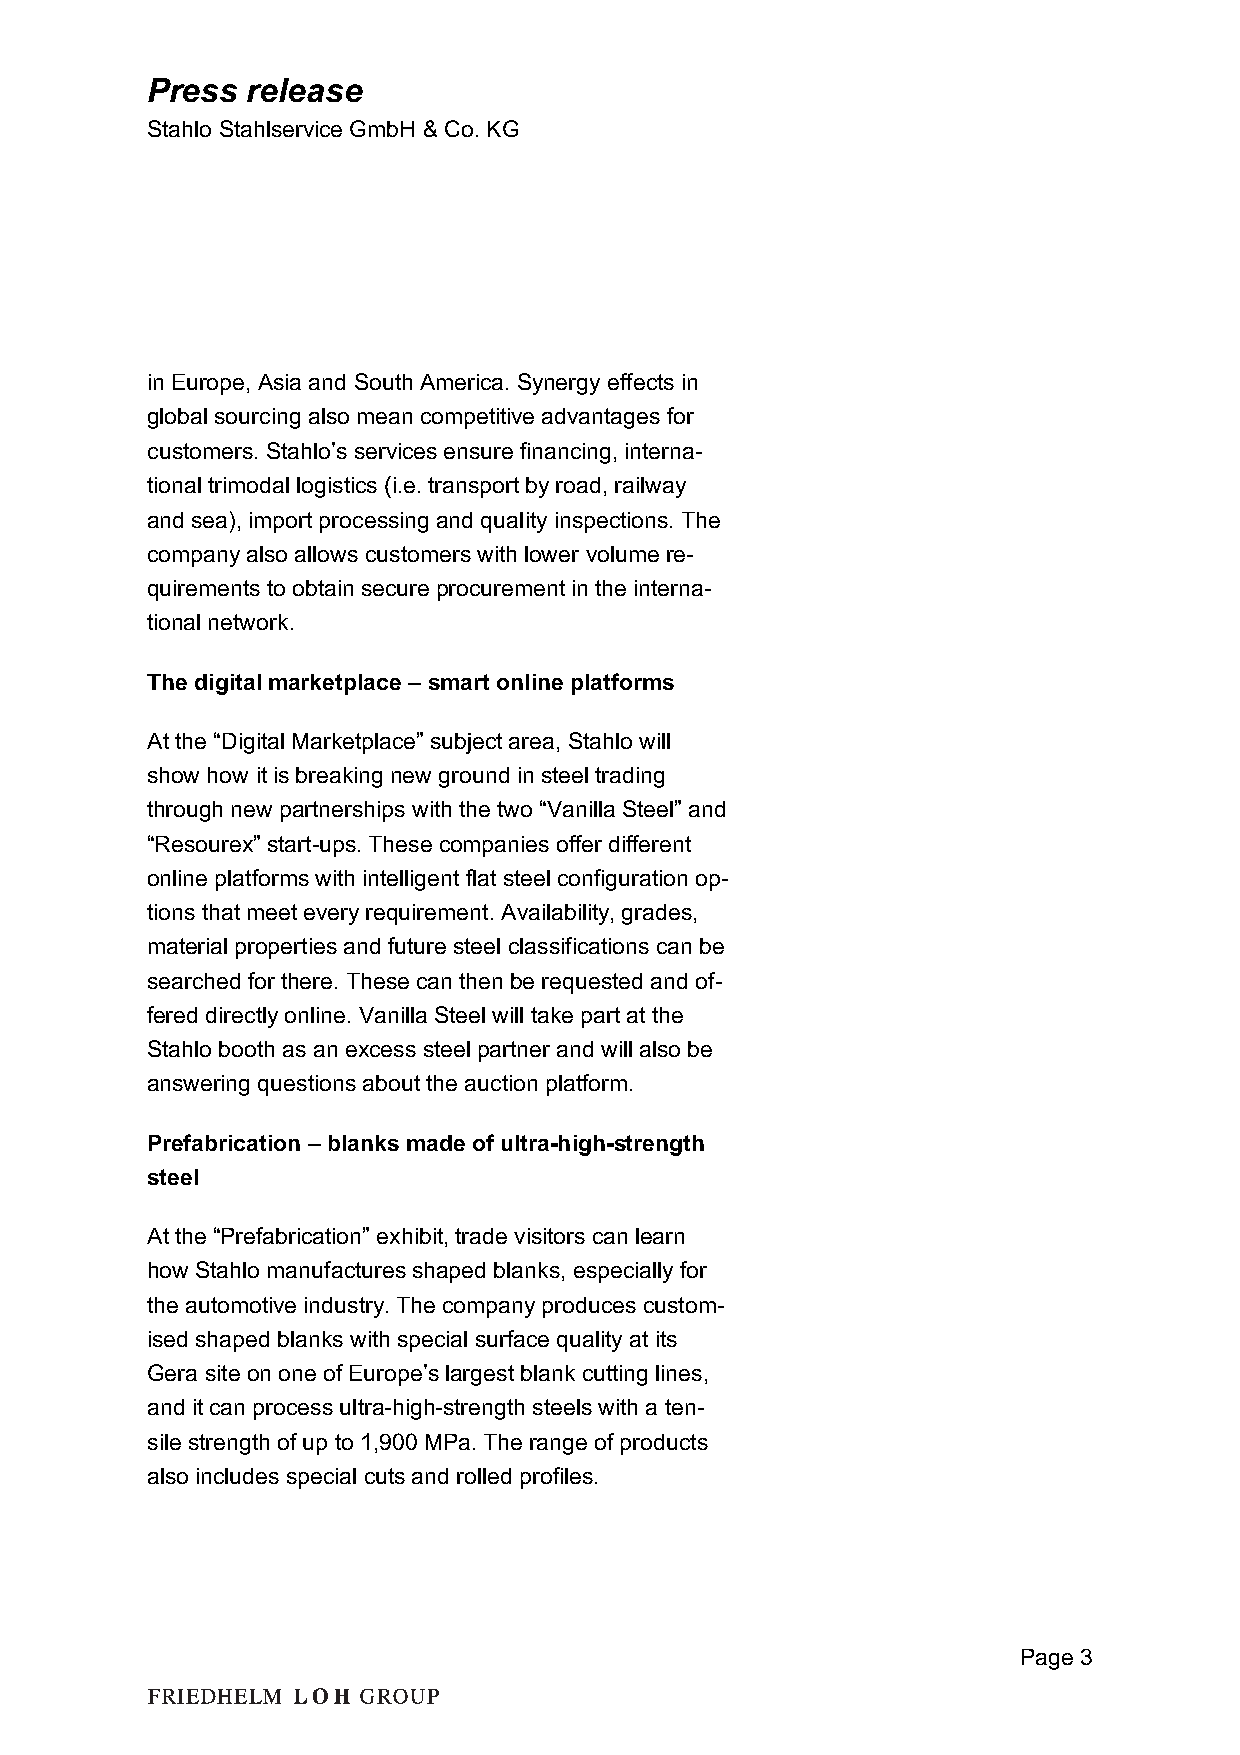
Press release
 Stahlo Stahlservice GmbH & Co. KG
 in Europe, Asia and South America. Synergy effects in
 global sourcing also mean competitive advantages for
 customers. Stahlo’s services ensure financing, interna-
 tional trimodal logistics (i.e. transport by road, railway
 and sea), import processing and quality inspections. The
 company also allows customers with lower volume re-
 quirements to obtain secure procurement in the interna-
 tional network.
 The digital marketplace – smart online platforms
 At the “Digital Marketplace” subject area, Stahlo will
 show how it is breaking new ground in steel trading
 through new partnerships with the two “Vanilla Steel” and
 “Resourex” start-ups. These companies offer different
 online platforms with intelligent flat steel configuration op-
 tions that meet every requirement. Availability, grades,
 material properties and future steel classifications can be
 searched for there. These can then be requested and of-
 fered directly online. Vanilla Steel will take part at the
 Stahlo booth as an excess steel partner and will also be
 answering questions about the auction platform.
 Prefabrication – blanks made of ultra-high-strength
 steel
 At the “Prefabrication” exhibit, trade visitors can learn
 how Stahlo manufactures shaped blanks, especially for
 the automotive industry. The company produces custom-
 ised shaped blanks with special surface quality at its
 Gera site on one of Europe’s largest blank cutting lines,
 and it can process ultra-high-strength steels with a ten-
 sile strength of up to 1,900 MPa. The range of products
 also includes special cuts and rolled profiles.
 Page 3